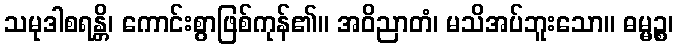
သမုဒါစရန္တိ၊ ကောင်းစွာဖြစ်ကုန်၏။ အဝိညာတံ၊ မသိအပ်ဘူးသော။ ဓမ္မဉ္စ၊